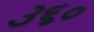
૩૬૦